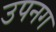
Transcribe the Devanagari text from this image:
उपनग